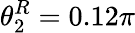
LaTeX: \theta_{2}^{R}=0.12\pi